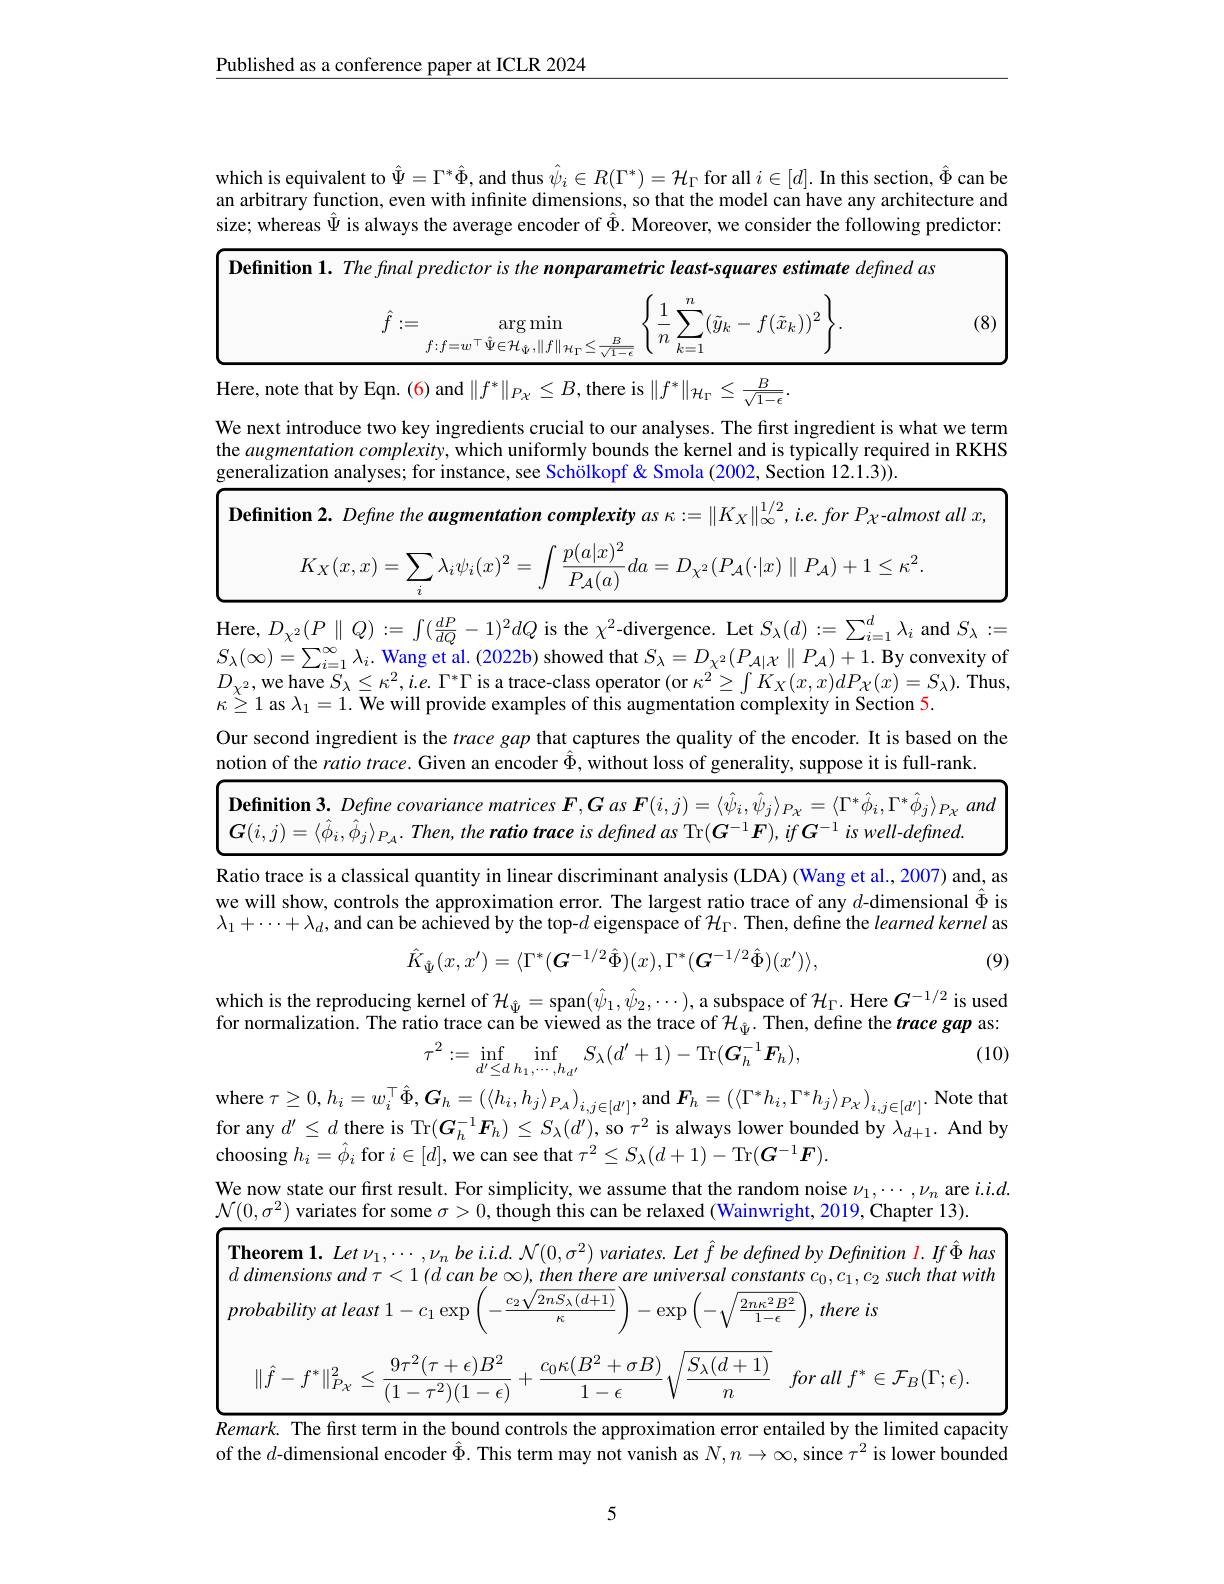
$\underline{\text{Published as a conference paper at ICLR 2024}}$

<table>
	<tbody>
		<tr>
			<td>whi an SIZe</td>
			<td>quivalent to $\Psi=\Gamma^*\Phi$, and thus $\psi_i\in R(\Gamma^*)=\mathcal{H}_\Gamma$ for all $i\in[d].$ In this section, $\bar\Phi$ can be y function, even with infinite dimensions, so that the model can have any architecture and eas $\Psi$ is always the average encoder of $\Phi.$ Moreover, we consider the following predictor:</td>
		</tr>
		<tr>
			<td>$\mathbf{D}_{1}$</td>
			<td>$\mathbf{n}\mathbf{1.~Thefinal~predictor~is~the~nonparametric~least-squares~estimate~defined~as}$ $\hat{f}:=$ $\arg\min$ 1 $\sum(\tilde{y}_{k}-f(\tilde{x}_{k}))^{2}$ 11 (8) $f\colon f=w^{\top}\hat{\Psi}\in\mathcal{H}_{\hat{\Psi}},\|f\|_{\mathcal{H}\Gamma}\leq\frac{B}{\sqrt{1}}$ M</td>
		</tr>
		<tr>
			<td>Her</td>
			<td>${\mathrm{~that~by}}$ $\underline{B}$</td>
		</tr>
		<tr>
			<td>$We$ the gen</td>
			<td>$ntation complexity, which uniformly b$ ntroduce two key ingredients crucial to our analyses. The first ingredient is what we term tion analyses; for instance, see Schölkopf & Smola (2002, Section 12.1.3)).</td>
		</tr>
		<tr>
			<td>$Di$</td>
			<td>$\mathbf{on~2. ~Define~the~augmentation~complexity~as~\kappa : = \| K_{X}\| _{\infty }^{1/ 2}, i. e. for~P_{\chi }\mathrm{- almost~all~x, }}$ $K_{X}(x,x)=\sum\lambda_{i}\psi_{i}(x)^{2}=$ $\int$ $p( a| x) ^{2}$ $P_{\mathcal{A}}(a)$ $-da=D_{\chi^{2}}(P_{\mathcal{A}}(\cdot|x)\parallel P_{\mathcal{A}})$</td>
		</tr>
		<tr>
			<td>Her $S_{\lambda}$ $D$ $\chi$ $K$</td>
			<td>$(P\parallel Q):=\int(\frac{dP}{dQ}-1)^{2}dQ$ is the $\chi^2$-divergence. Let $S_\lambda(d):=\sum_{i=1}^{d}\lambda_{i}$ and $S_\lambda:=$ ave $S_{\lambda }\leq \kappa ^{2}, i. e.$ $\Gamma ^{* }\Gamma$ is a trace-class operator (or $\kappa^2\geq\int K_X(x,x)dP_{\mathcal{X}}(x)=S_\lambda).$ Thus $\sum_{i=1}^{\infty}\lambda_{i}.$ Wang et al. (2022b) showed that $S_{\lambda}=D_{\chi^{2}}(P_{\mathcal{A}|\mathcal{X}}\parallel P_{\mathcal{A}})+1.$ By convexity of $\Lambda_{1}=1.$ We will provide examples of this augmentation complexity in Section 5.</td>
		</tr>
		<tr>
			<td>Our noti</td>
			<td>d ingredient is the trace gap that captures the quality of the encoder. It is based on the the ratio trace. Given an encoder $\hat{\Phi}$,without loss of generality, suppose it is full-rank.</td>
		</tr>
		<tr>
			<td>$\mathbf{D}.$ $\mathbf{U}_{\mathbf{T}}$</td>
			<td>$\mathbf{n}.$ Define covariance matrices $\boldsymbol F,\boldsymbol G$ as $\boldsymbol F(i,j)=\langle\hat{\psi}_i,\hat{\psi}_j\rangle_{P_X}=\langle\Gamma^*\hat{\phi}_i,\Gamma^*\hat{\phi}_j\rangle_{P_X}$ and $= \langle \hat{\phi } _{i}, \hat{\phi } _{j}\rangle _{P_{A}}. Then, the$ ratio trace $is$ defined $as$ Tr$( \boldsymbol{G}^{- 1}\boldsymbol{F}) , if\boldsymbol{G}^{- 1}$ $is$ $well- defined.$</td>
		</tr>
		<tr>
			<td>Rat $We$</td>
			<td>e is a classical quantity in linear di largest ratio trace of anv $d$-dimensional $\Phi$ is OW. controls the appro tion erron</td>
		</tr>
	</tbody>
</table>
$\lambda _1+ \cdots + \lambda _d$,and can be achieved by the top- $d$ eigenspace of $\mathcal{H}_\Gamma.$ Then, define the learned kernel as
$$\hat{K}_{\hat{\Psi}}(x,x')=\langle\Gamma^{*}(\boldsymbol{G}^{-1/2}\hat{\Phi})(x),\Gamma^{*}(\boldsymbol{G}^{-1/2}\hat{\Phi})(x')\rangle,$$
(9)

which is the reproducing kernel of $\mathcal{H}_{\hat{\Psi}}=$span$(\hat{\psi}_1,\hat{\psi}_2,\cdots)$,a subspace of $\mathcal{H}_\Gamma.$ Here $G^-1/2$ is used for normalization. The ratio trace can be viewed as the trace of $\mathcal{H}_{\hat{\Psi}}.$ Then, define the tracegap as:
$$\tau^{2}:=\inf_{d'\leq d}\inf_{h_{1},\cdots,h_{d'}}S_{\lambda}(d'+1)-\mathrm{Tr}(\tilde{\boldsymbol{G}_{h}^{-1}\boldsymbol{F}_{h}}),$$
(10)

where $\tau \geq 0, h_{i}= w_{i}^{\top }\hat{\Phi } , \boldsymbol{G}_{h}= \left ( \langle h_{i}, h_{j}\rangle _{P_{A}}\right ) _{i, j\in [ d^{\prime }] }$,and $\boldsymbol F_{h}=\left(\langle\Gamma^{*}h_{i},\Gamma^{*}h_{j}\rangle_{P_{\chi}}\right)_{i,j\in[d^{\prime}]}.$ Note that for any $d^\prime\leq d$ there is Tr$( \boldsymbol{G}_h^{- 1}\boldsymbol{F}_h) \leq S_\lambda ( d^{\prime }) $, so $\tau^2$ is always lower bounded by $\lambda_d+1.$ And by $\operatorname{choosing}h_{i}=\hat{\phi}_{i}$ for $i\in[d]$,we can see that $\tau^2\leq S_\lambda(d+1)-\operatorname{Tr}(\boldsymbol{G}^{-1}\boldsymbol{F}).$
We now state our first result. For simplicity, we assume that the random noise $\nu_1,\cdots,\nu_n$ are $i.i.d.$
$\mathcal{N}(0,\sigma^2)$ variates for some $\sigma > 0$,though this can be relaxed ( Wainwright, 2019, Chapter 13) .

<table>
	<tbody>
		<tr>
			<td>$\textbf{Theorem 1. Let }\nu _{1}, \cdots , \nu _{n}\textit{be i. i. d. }$ $d$ dimensions and $\tau < 1$ $( d$ can $be$ $\infty$</td>
			<td>$\nu _{n}\textit{be i. i. d. N}( 0, \sigma ^{2}) \textit{variates. Let f be defined by Definition l. If has}$ $d$ can be $\infty)$, then there are universal constants $c_0,c_1,c_2$ such that with</td>
		</tr>
		<tr>
			<td>$c_2$ $probabilityat\textit{least 1-c}_{1}$exp</td>
			<td>$C2$ there is eXI</td>
		</tr>
		<tr>
			<td>$(1-\tau^{2})(1-\epsilon)$</td>
			<td>2 $n$ ${\mathcal{F}}B(1$ $t$ $\cdot\epsilon$</td>
		</tr>
	</tbody>
</table>

$Remark.$ The first term in the bound controls the approximation error entailed by the limited capacity of the $d$-dimensional encoder $\hat{\Phi}.$ This term may not vanish as $N,n\to\infty$, since $\tau^2$ is lower bounded

5